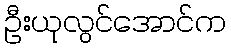
ဦးယုလွင်အောင်က